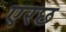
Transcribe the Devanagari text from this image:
एरछ